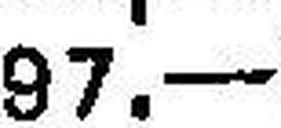
97.—